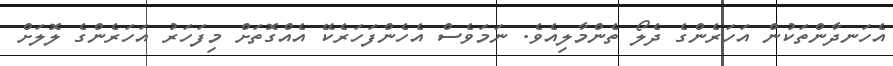
އެހަނދާންތަކުން އަހަރެންގެ ދެލޯ ތެންމާލިއެވެ. ނަމަވެސް އެހެންފަހަރެކޭ އެއްގޮތަށް މިފަހަރު އަހަރެންގެ ލޮލަށް